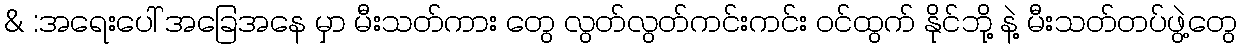
& :အရေးပေါ် အခြေအနေ မှာ မီးသတ်ကား တွေ လွတ်လွတ်ကင်းကင်း ဝင်ထွက် နိုင်ဘို့ နဲ့ မီးသတ်တပ်ဖွဲ့တွေ